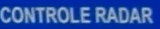
CONTROLE RADAR